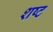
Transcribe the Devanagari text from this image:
शष्ट